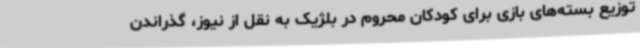
توزیع بسته‌های بازی برای کودکان محروم در بلژیک به نقل از نیوز، گذراندن